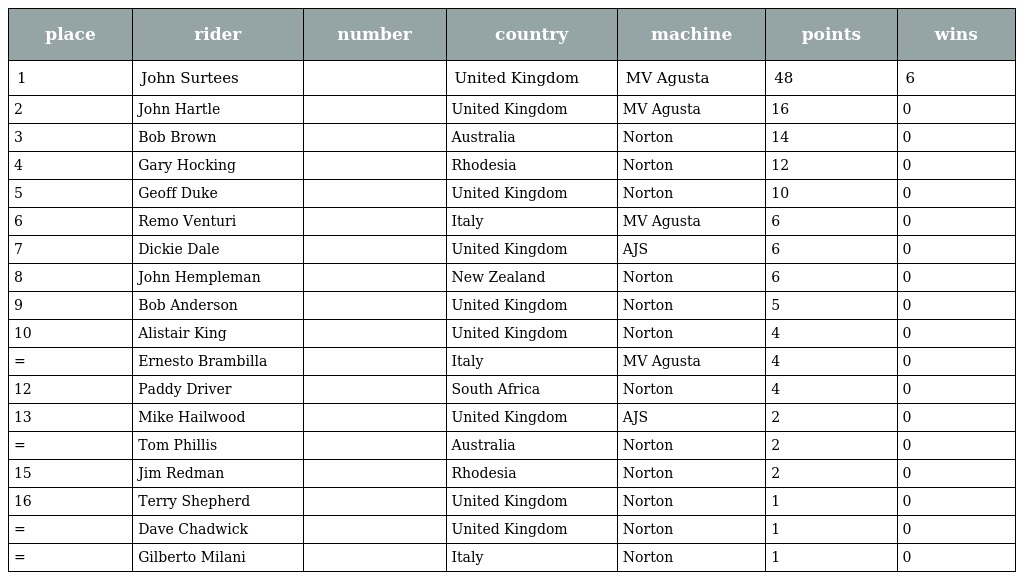
| place | rider | number | country | machine | points | wins |
 | --- | --- | --- | --- | --- | --- | --- |
 | 1 | John Surtees |  | United Kingdom | MV Agusta | 48 | 6 |
 | 2 | John Hartle |  | United Kingdom | MV Agusta | 16 | 0 |
 | 3 | Bob Brown |  | Australia | Norton | 14 | 0 |
 | 4 | Gary Hocking |  | Rhodesia | Norton | 12 | 0 |
 | 5 | Geoff Duke |  | United Kingdom | Norton | 10 | 0 |
 | 6 | Remo Venturi |  | Italy | MV Agusta | 6 | 0 |
 | 7 | Dickie Dale |  | United Kingdom | AJS | 6 | 0 |
 | 8 | John Hempleman |  | New Zealand | Norton | 6 | 0 |
 | 9 | Bob Anderson |  | United Kingdom | Norton | 5 | 0 |
 | 10 | Alistair King |  | United Kingdom | Norton | 4 | 0 |
 | = | Ernesto Brambilla |  | Italy | MV Agusta | 4 | 0 |
 | 12 | Paddy Driver |  | South Africa | Norton | 4 | 0 |
 | 13 | Mike Hailwood |  | United Kingdom | AJS | 2 | 0 |
 | = | Tom Phillis |  | Australia | Norton | 2 | 0 |
 | 15 | Jim Redman |  | Rhodesia | Norton | 2 | 0 |
 | 16 | Terry Shepherd |  | United Kingdom | Norton | 1 | 0 |
 | = | Dave Chadwick |  | United Kingdom | Norton | 1 | 0 |
 | = | Gilberto Milani |  | Italy | Norton | 1 | 0 |